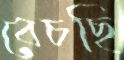
বেচছি